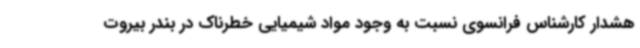
هشدار کارشناس فرانسوی نسبت به وجود مواد شیمیایی خطرناک در بندر بیروت